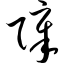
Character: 障